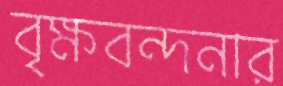
বৃক্ষবন্দনার